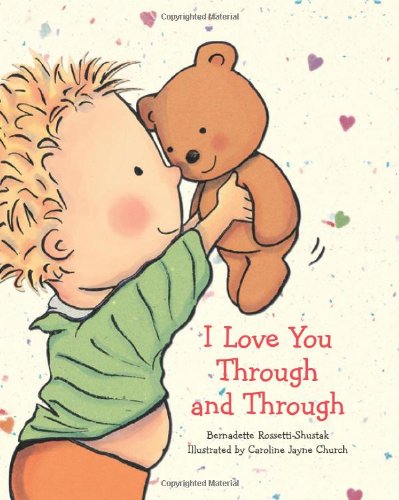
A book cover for I Love You Through And Through; Bernadette Rossetti Shustak; Children's Books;